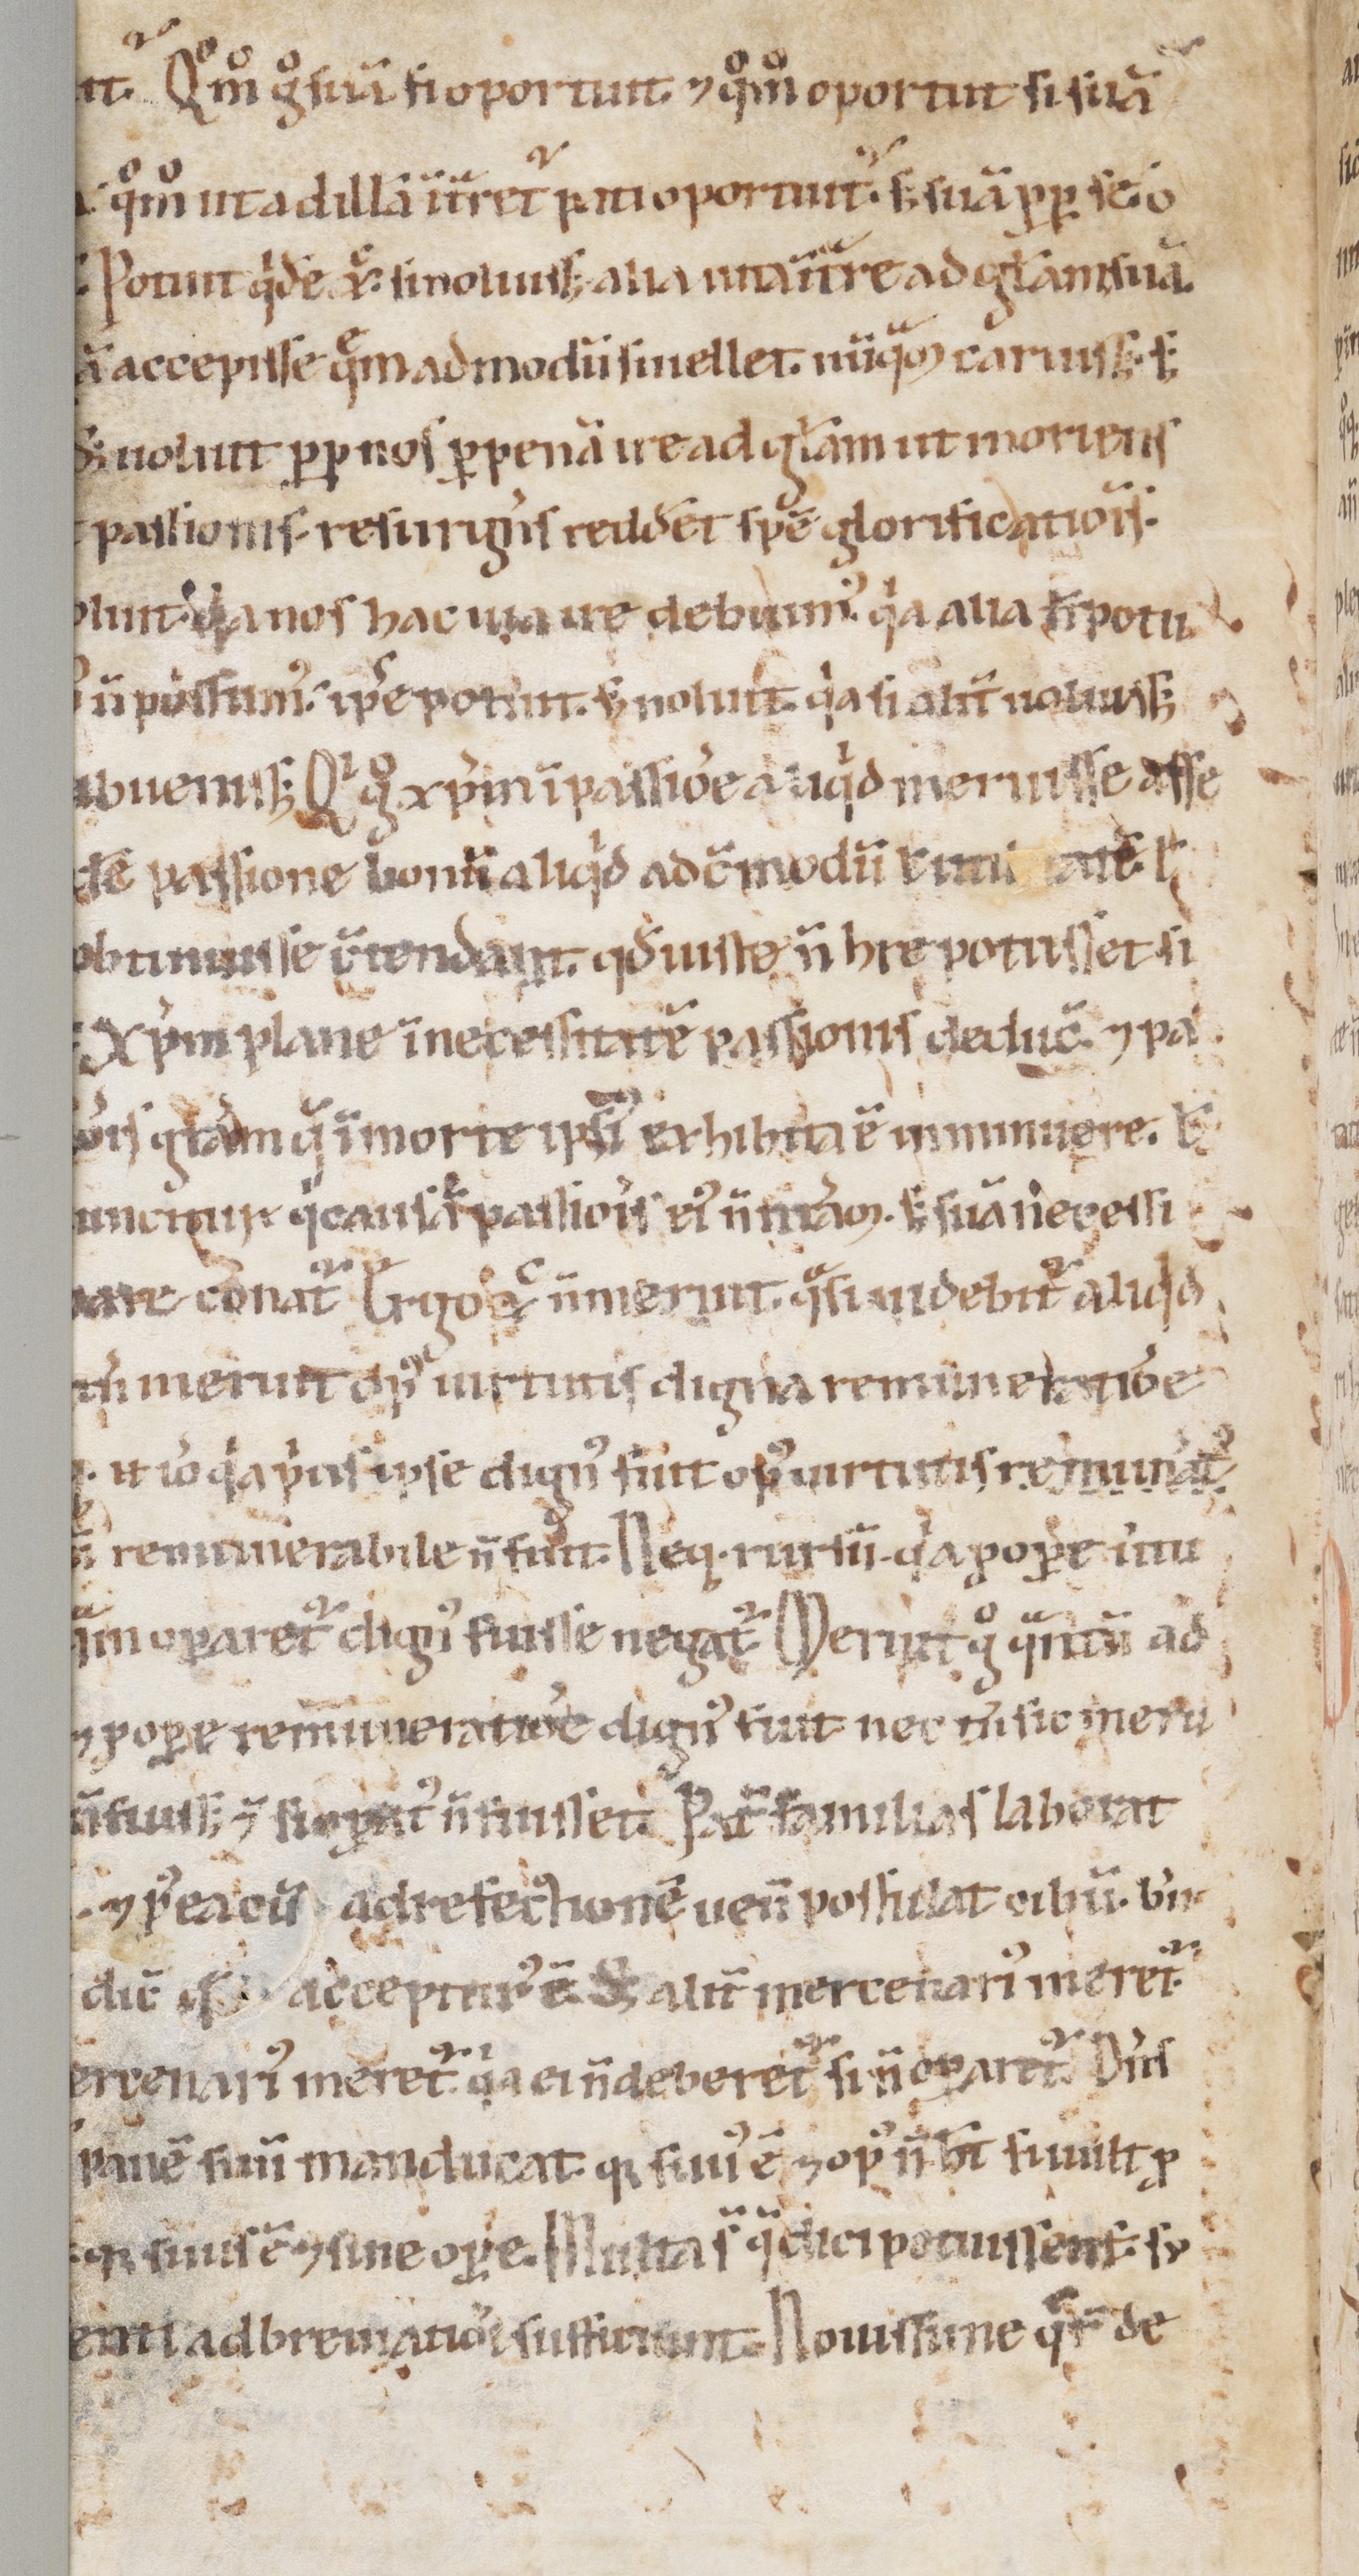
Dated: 1100–1199